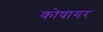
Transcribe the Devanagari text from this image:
कोषागर